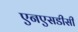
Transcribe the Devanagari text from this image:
एनएसडीसी